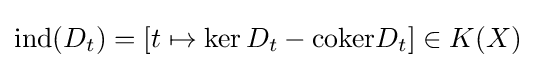
{\text{ind}}(D_{t})=[t\mapsto \ker D_{t}-{\text{coker}}D_{t}]\in K(X)